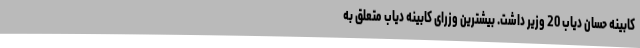
کابینه حسان دیاب 20 وزیر داشت. بیشترین وزرای کابینه دیاب متعلق به